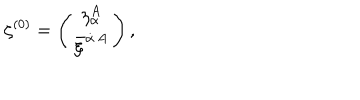
{ \zeta ^ { ( 0 ) } = \left( \begin{matrix} { { \eta _ { \alpha } ^ { A } } } \\ { { \bar { \xi } ^ { \dot { \alpha } \, A } } } \\ \end{matrix} \right) , }